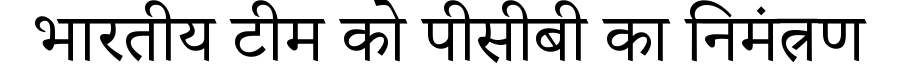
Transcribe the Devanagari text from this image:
भारतीय टीम को पीसीबी का निमंत्रण